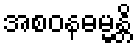
အစဝနဓမ္မန္တိ